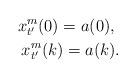
LaTeX: \begin{align*}x_{t'}^m(0)=a(0), \ \\x_{t'}^m(k)=a(k).\end{align*}